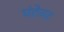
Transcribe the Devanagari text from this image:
घंटेवर